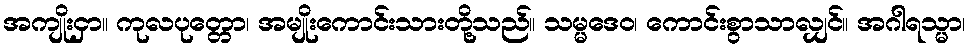
အကျိုးငှာ။ ကုလပုတ္တော၊ အမျိုးကောင်းသားတို့သည်။ သမ္မဒေဝ၊ ကောင်းစွာသာလျှင်။ အဂါရသ္မာ၊